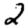
Digit: 2